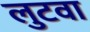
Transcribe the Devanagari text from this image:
लुटवा